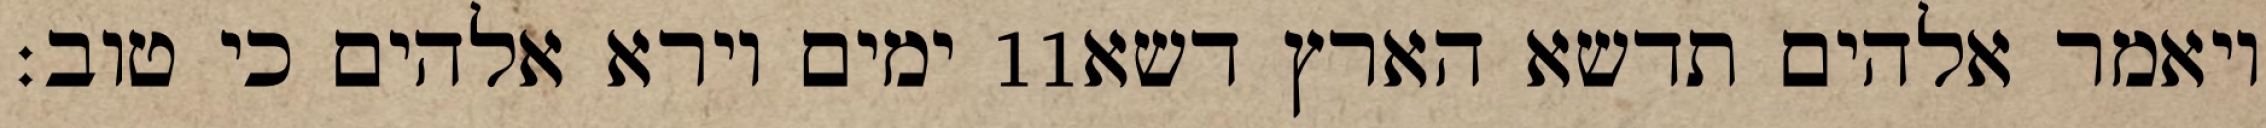
ימים וירא אלהים כי טוב׃ ‎11‏ ויאמר אלהים תדשא הארץ דשא